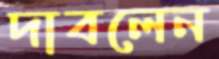
দাবলেন